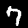
Label: 7